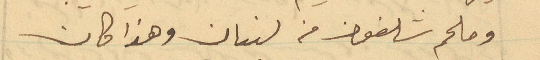
وملحم شلفون من لبنان وهذا كان